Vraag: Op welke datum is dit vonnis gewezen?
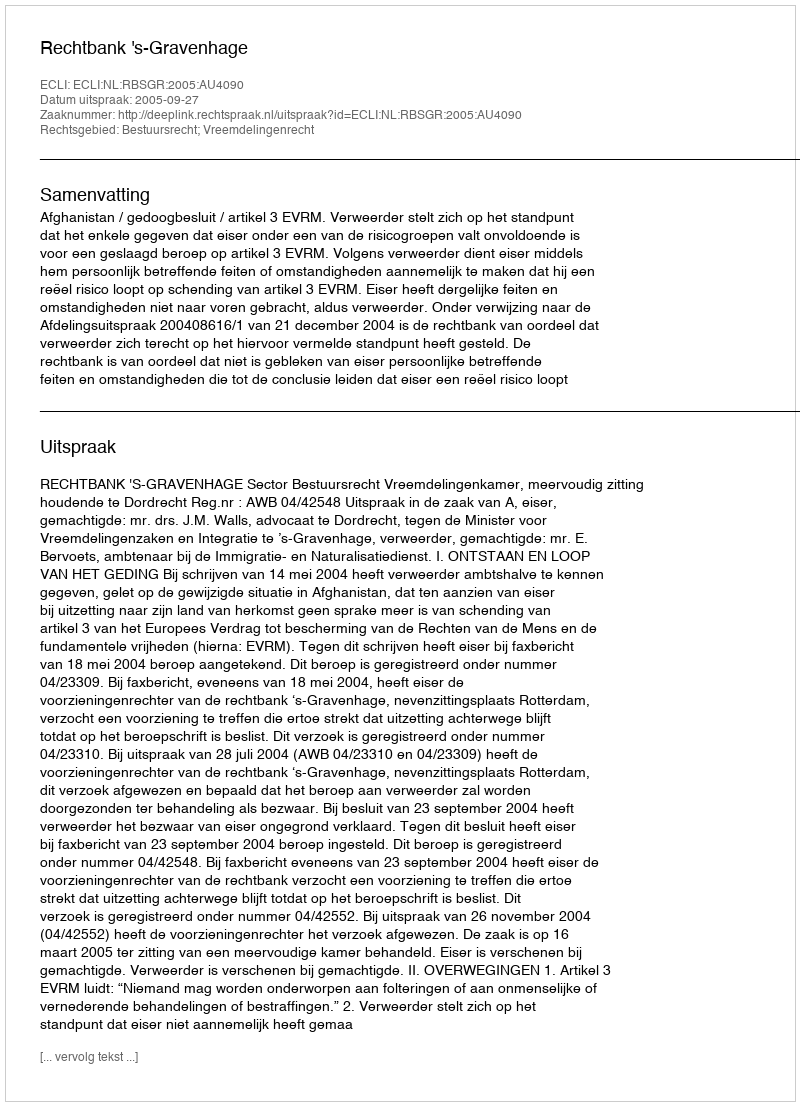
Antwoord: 2005-09-27